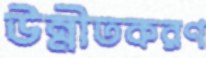
উন্নীতকরণ